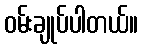
ဝမ်းချုပ်ပါတယ်။